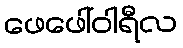
ဖေဖေါ်ဝါရီလ